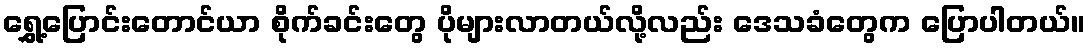
ရွှေ့ပြောင်းတောင်ယာ စိုက်ခင်းတွေ ပိုများလာတယ်လို့လည်း ဒေသခံတွေက ပြောပါတယ်။